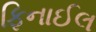
ફિનાઈલ